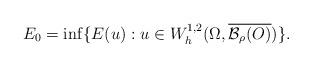
LaTeX: \begin{align*}E_0= \inf\{E(u): u \in W_h^{1,2}(\Omega, \overline{\mathcal{B}_{\rho} (O)})\}.\end{align*}